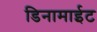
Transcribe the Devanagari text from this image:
डिनामाईट